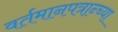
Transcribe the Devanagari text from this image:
वर्तमानपत्रान्च्या